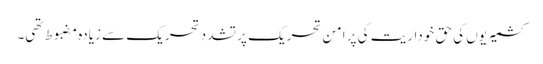
کشمیریوں کی حق خوداریت کی پر امن تحریک پر تشدد تحریک سے زیادہ مضبوط تھی۔